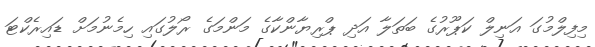
މިފިލްމުގަ އަނިލް ކަޕޫރުގެ ބަތަލާ އަދި ޕްރިޔާންކާގެ މަންމަގެ ރޯލުގައި ހިމެނުމަށް ޑައިރެކްޓަ